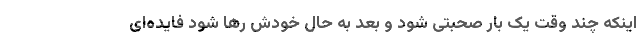
اینکه چند وقت یک بار صحبتی شود و بعد به حال خودش رها شود فایده‌ای